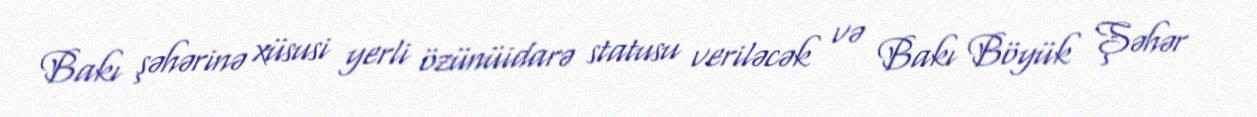
Bakı şəhərinə xüsusi yerli özünüidarə statusu veriləcək və Bakı Böyük Şəhər